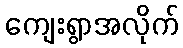
ကျေးရွာအလိုက်